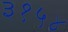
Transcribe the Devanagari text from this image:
३१५४